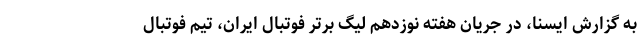
به گزارش ایسنا، در جریان هفته نوزدهم لیگ برتر فوتبال ایران، تیم فوتبال